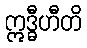
ဣဒ္ဓီဟီတိ